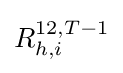
R_{h,i}^{12,T-1}